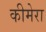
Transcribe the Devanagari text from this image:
कीमेरा